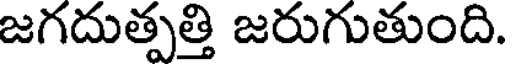
జగదుత్పత్తి జరుగుతుంది.